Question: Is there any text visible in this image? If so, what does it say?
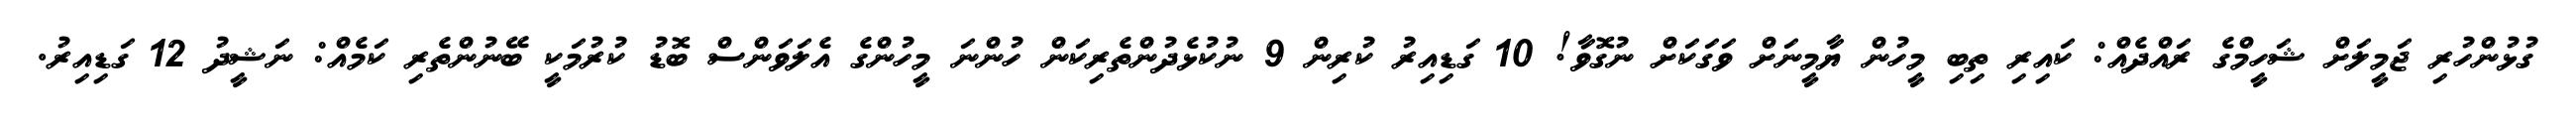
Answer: ގުޅުންހުރި ޖަމީލަށް ޝަހީމްގެ ރައްދެއް: ކައިރި ތިބި މީހުން ޔާމީނަށް ވަގަކަށް ނުގޮވާ! 10 ގަޑިއިރު ކުރިން 9 ނުކުޅެދުންތެރިކަން ހުންނަ މީހުންގެ އެލަވަންސް ބޮޑު ކުރުމަކީ ބޭނުންތެރި ކަމެއް: ނަޝީދު 12 ގަޑިއިރު.